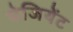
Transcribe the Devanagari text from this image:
पेजियेंट